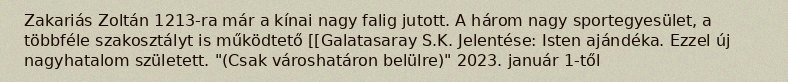
Zakariás Zoltán 1213-ra már a kínai nagy falig jutott. A három nagy sportegyesület, a többféle szakosztályt is működtető [[Galatasaray S.K. Jelentése: Isten ajándéka. Ezzel új nagyhatalom született. "(Csak városhatáron belülre)" 2023. január 1-től